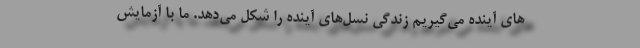
های آینده می‌گیریم زندگی نسل‌های آینده را شکل می‌دهد. ما با آزمایش